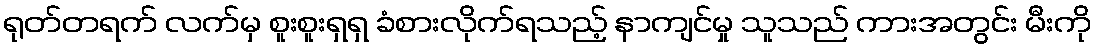
ရုတ်တရက် လက်မှ စူးစူးရှရှ ခံစားလိုက်ရသည့် နာကျင်မှု သူသည် ကားအတွင်း မီးကို